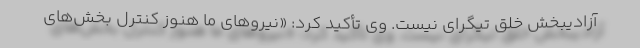
آزادیبخش خلق تیگرای نیست. وی تأكید كرد: «نیروهای ما هنوز کنترل بخش‌های